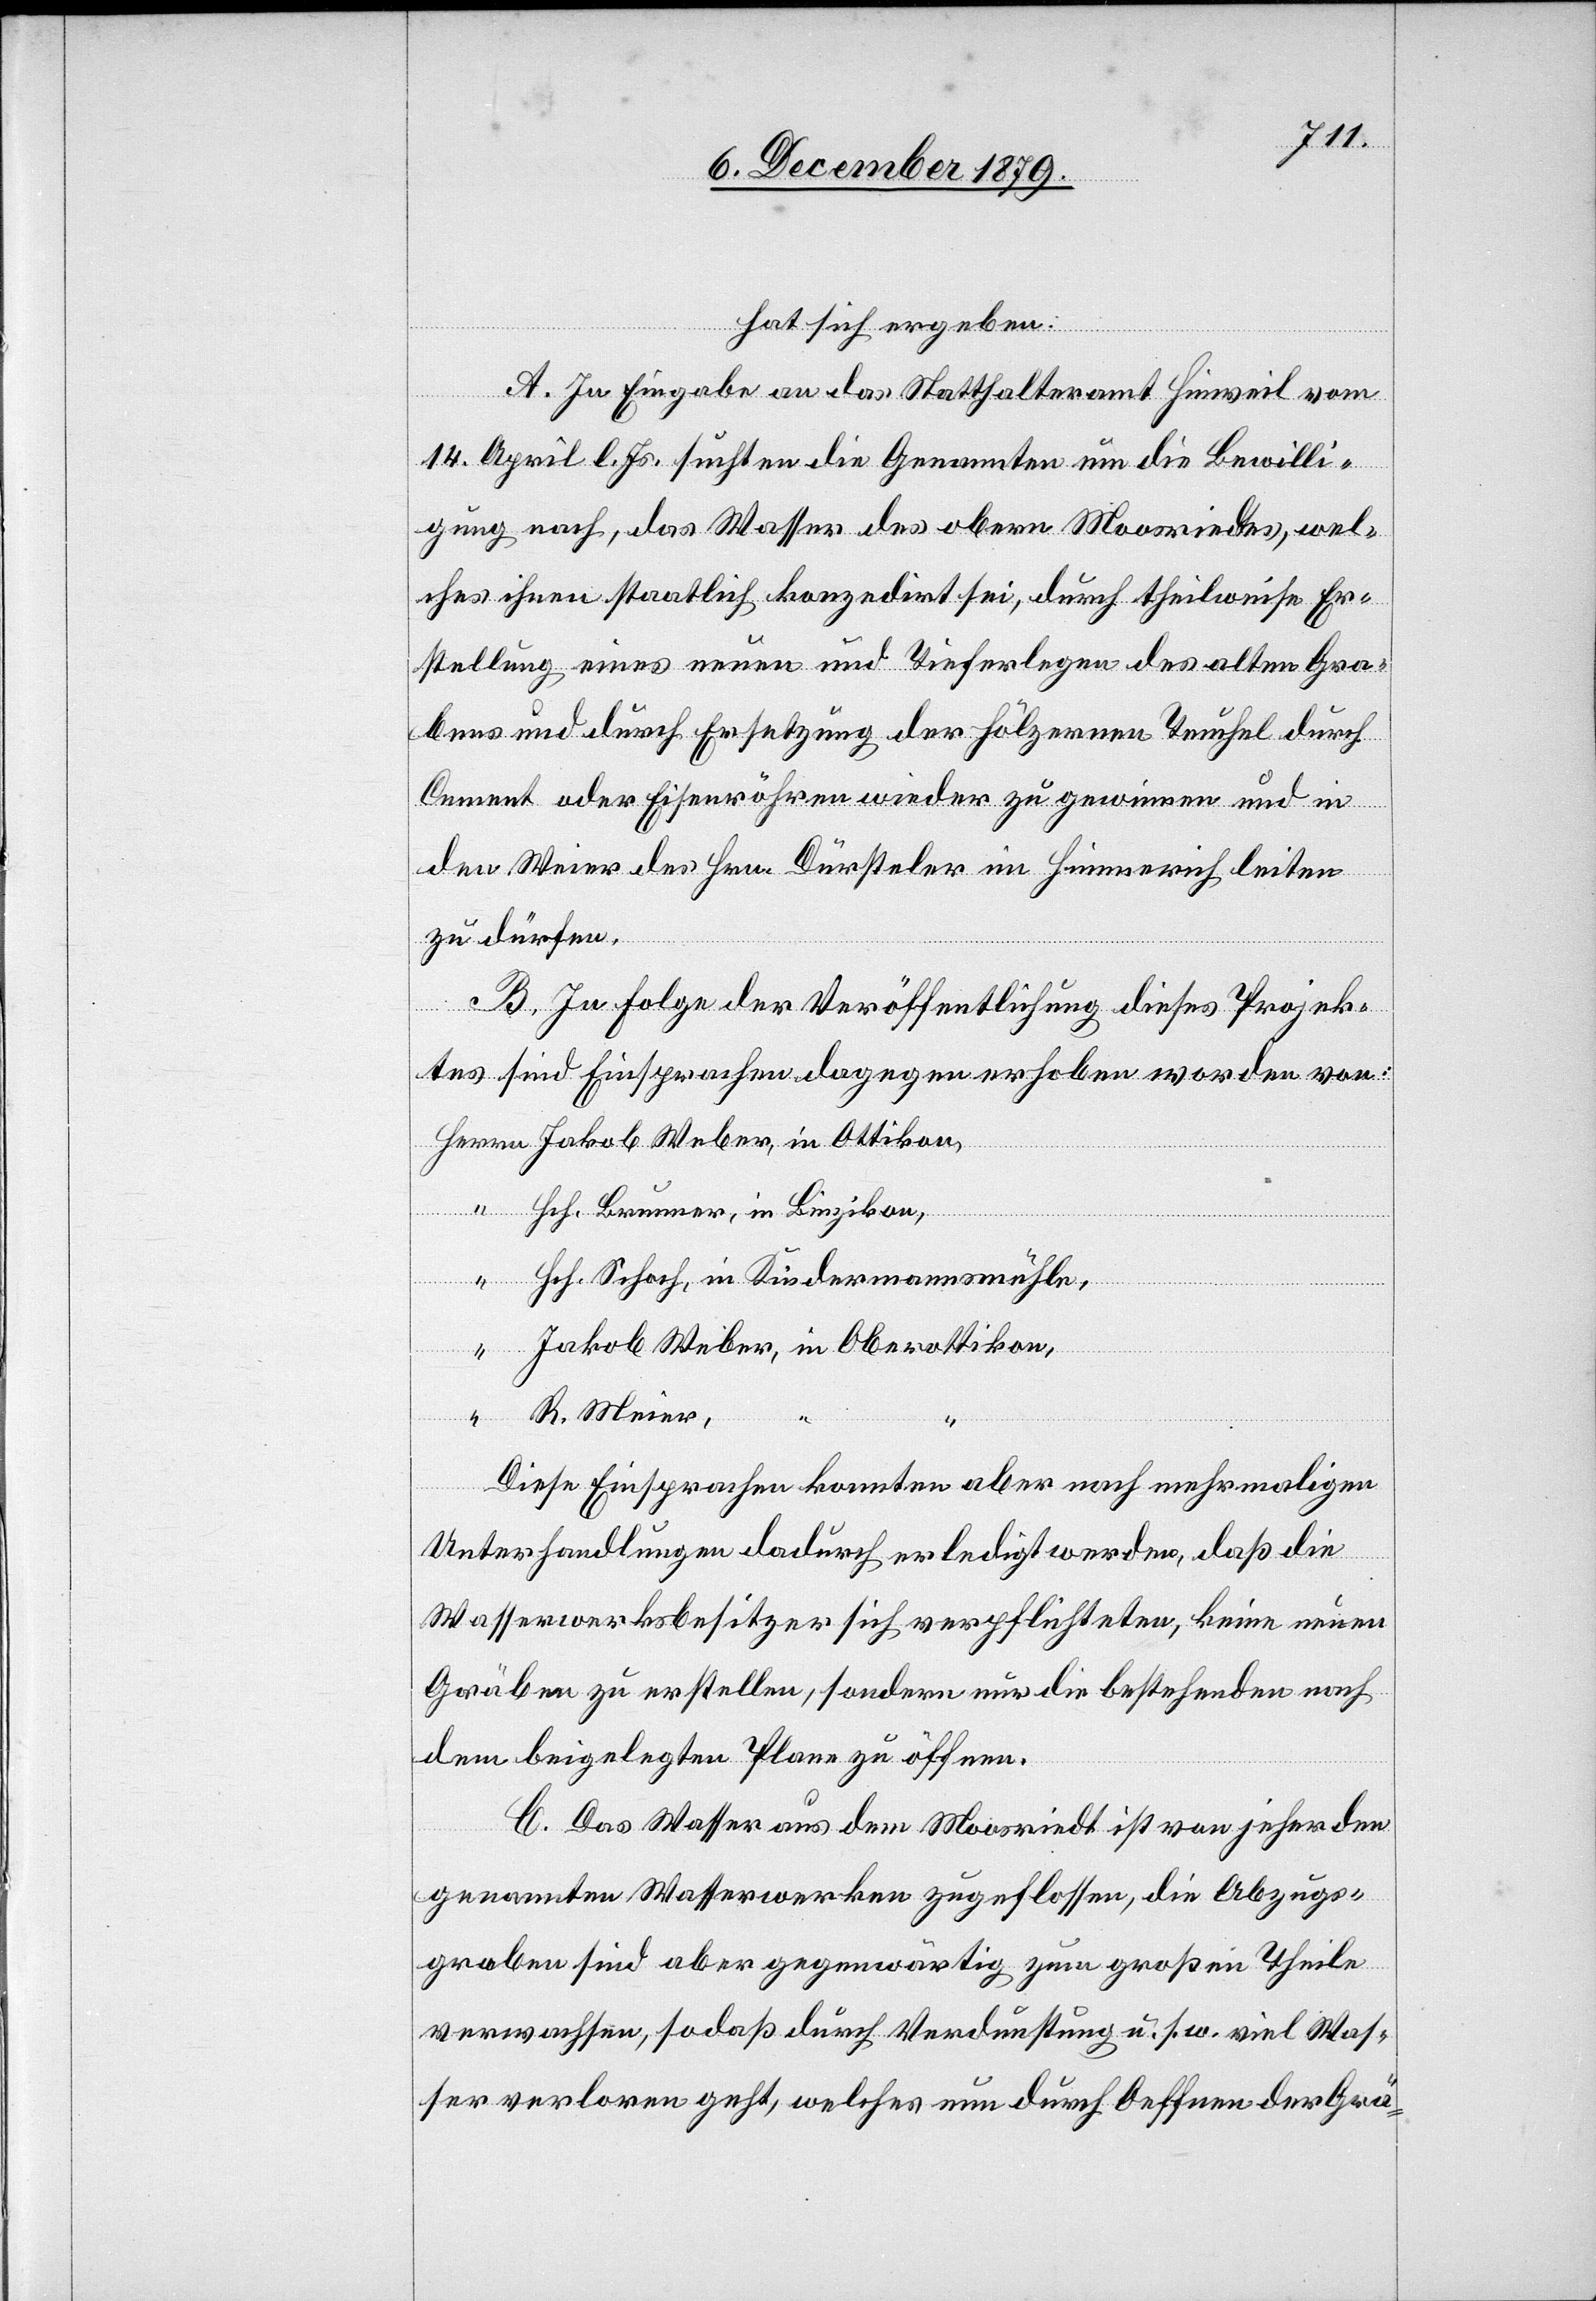
Herrn
hat sich ergeben:
A. In Eingabe an das Statthalteramt Hinweil vom
14. April l. Js. suchten die Genannten um die Bewilli¬
gung nach, das Wasser des obern Moosriedes, wel¬
ches ihnen staatlich konzedirt sei, durch theilweise Er¬
stellung eines neuen und Tieferlegen des alten Gra¬
bens und durch Ersetzung der hölzernen Teuchel durch
Cement oder Eisenröhren wieder zu gewinnen und in
den Weier des Hrn. Dürsteler im Heimserich leiten
zu dürfen.
B. In Folge der Veröffentlichung dieses Projek¬
tes sind Einsprachen dagegen erhoben worden von:
Hch. Brunner, in Binzikon,
Hch. Schoch, in Kindermannsmühle,
Jakob Weber, in Oberottikon,
“
R. Meier,
Diese Einsprachen konnten aber nach mehrmonatigen
Unterhandlungen dadurch erledigt werden, daß die
Wasserwerksbesitzer sich verpflichteten, keine neuen
Gräben zu erstellen, sondern nur die bestehenden nach
dem beigelegten Plane zu öffnen.
C. Das Wasser aus dem Moosriedt ist von jeher den
genannten Wasserwerken zugeflossen, die Abzugs¬
graben sind aber gegenwärtig zum großen Theile
verwachsen, so daß durch Verdunstung u. s. w. viel Was¬
ser verloren geht, welches nun durch Oeffnen der Grä-

“